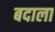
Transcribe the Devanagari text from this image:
बदाला